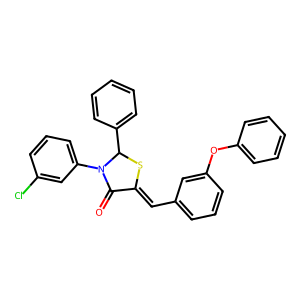
SMILES: O=C1C(=Cc2cccc(Oc3ccccc3)c2)SC(c2ccccc2)N1c1cccc(Cl)c1
Inhibits HIV replication: No